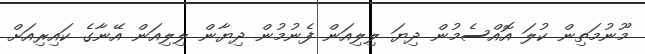
މޫނުމަތިން ކުލަ އޮއްސެމުން ދިޔަ ލިލިއަން ފެނުމުން ދިޔާން ލިލިއަން އޭނާގެ ކައިރިއަށް